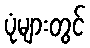
ပုံများတွင်